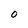
Character: 0